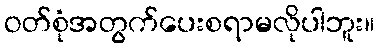
ဝတ်စုံအတွက်ပေးစရာမလိုပါဘူး။